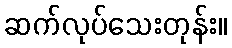
ဆက်လုပ်သေးတုန်း။